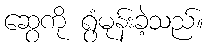
ဆွေကို ရွံမုန်းခဲ့သည်။